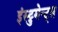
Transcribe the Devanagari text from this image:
इंस्ट्रुमेन्ट्स